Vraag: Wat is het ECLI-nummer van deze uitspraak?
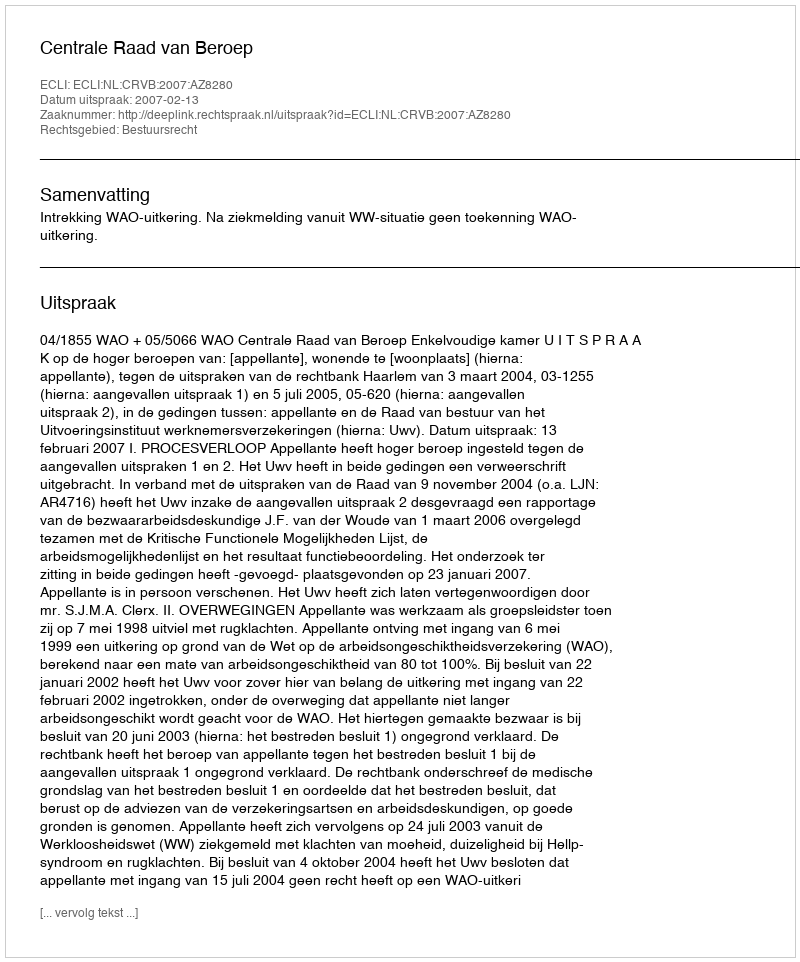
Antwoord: ECLI:NL:CRVB:2007:AZ8280